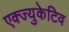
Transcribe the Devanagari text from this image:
एक्ज्युकेटिव